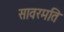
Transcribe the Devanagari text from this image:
सावरमति